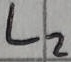
Text: L2